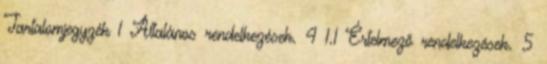
Tartalomjegyzék 1 Általános rendelkezések. 4 1.1 Értelmező rendelkezések. 5